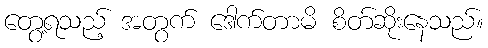
တွေ့ရသည့် အတွက် ဒေါက်တာမိ စိတ်ဆိုးနေသည်။